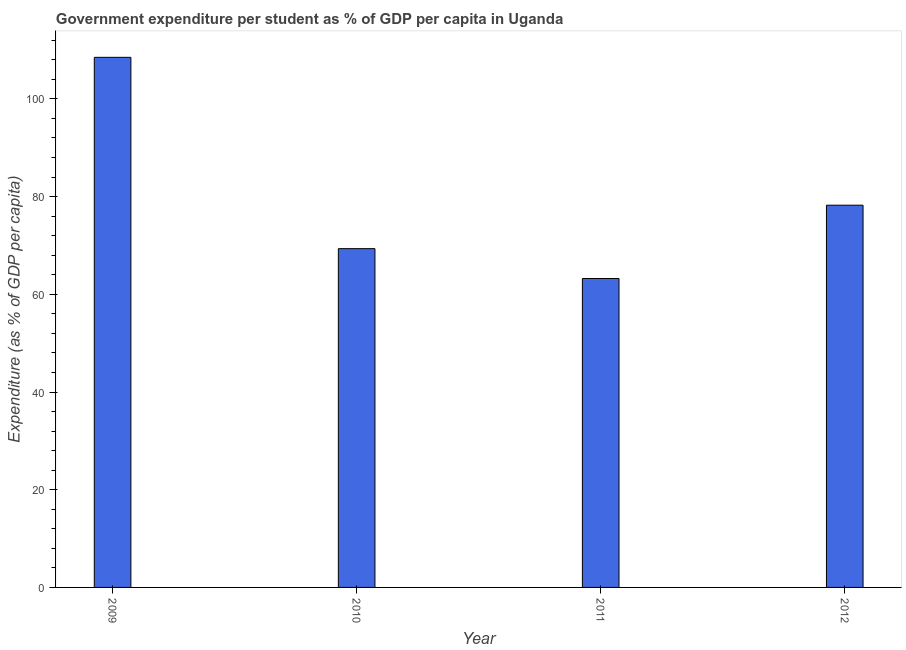
| Year | Government expenditure per tertiary student |
 | --- | --- |
 | 2009 | 109 |
 | 2010 | 69.4 |
 | 2011 | 63.2 |
 | 2012 | 78.2 |